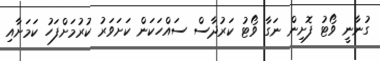
ގުނާނީ ވޯޓު ފޮށިން ނަގާ ވޯޓު ކަރުދާސް ސައްހަކަން ކަށަވަރު ކުރުމަށްފަހު ކަމަށާއި